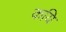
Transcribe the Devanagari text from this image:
कयि